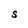
Character: S